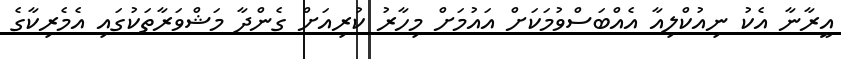
އީރާނާ އެކު ނިއުކްލިއާ އެއްބަސްވުމަކަށް އައުމަށް މިހާރު ކުރިއަށް ގެންދާ މަޝްވަރާތަކުގައި އެމެރިކާގެ